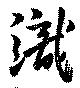
織